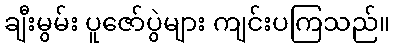
ချီးမွမ်း ပူဇော်ပွဲများ ကျင်းပကြသည်။